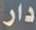
دار